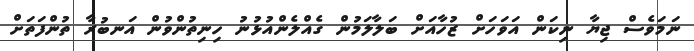
ނަމަވެސް ޖިޔާ ނިކަން އަވަހަށް ޒުހާއަށް ބަލާލަމުން ގެއްލެންއުޅުނު ހިނިތުންވުން އަނބުރާ ތުންފަތަށް